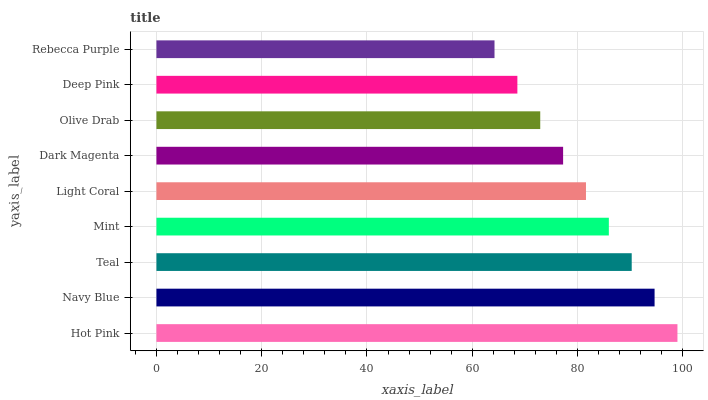
| yaxis_label | bars |
 | --- | --- |
 | Hot Pink | 99 |
 | Navy Blue | 94.7 |
 | Teal | 90.3 |
 | Mint | 86 |
 | Light Coral | 81.6 |
 | Dark Magenta | 77.3 |
 | Olive Drab | 72.9 |
 | Deep Pink | 68.6 |
 | Rebecca Purple | 64.2 |